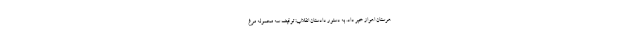
هرستان اهواز خبر داد. به دستور دادستان انقلاب: توقیف سه محموله مرغ